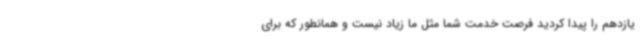
یازدهم را پیدا کردید فرصت خدمت شما مثل ما زیاد نیست و همانطور که برای